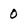
Character: 0